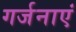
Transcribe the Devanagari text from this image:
गर्जनाएं